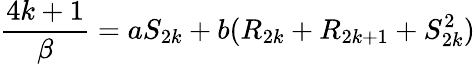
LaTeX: {\frac{4k+1}{\beta}}=aS_{2k}+b(R_{2k}+R_{2k+1}+S_{2k}^{2})